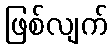
ဖြစ်လျက်